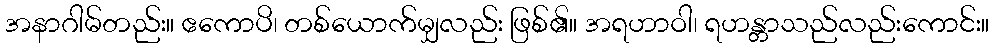
အနာဂါမ်တည်း။ ဧကောပိ၊ တစ်ယောက်မျှလည်း ဖြစ်၏။ အရဟာဝါ၊ ရဟန္တာသည်လည်းကောင်း။